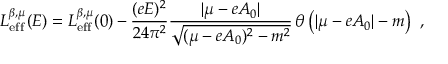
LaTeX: { \cal L } _ { \mathrm { e f f } } ^ { \beta , \mu } ( E ) = { \cal L } _ { \mathrm { e f f } } ^ { \beta , \mu } ( 0 ) - \frac { ( e E ) ^ { 2 } } { 2 4 \pi ^ { 2 } } \frac { | \mu - e A _ { 0 } | } { \sqrt { ( \mu - e A _ { 0 } ) ^ { 2 } - m ^ { 2 } } } \, \theta \left( | \mu - e A _ { 0 } | - m \right) \ ,